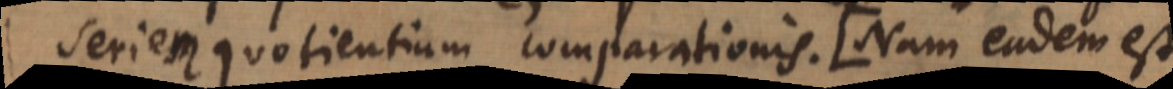
seriem quotientium comparationis. (Nam eadem est